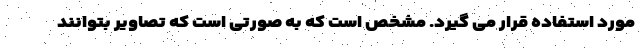
مورد استفاده قرار می گیرد. مشخص است که به صورتی است که تصاویر بتوانند